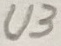
Text: U3